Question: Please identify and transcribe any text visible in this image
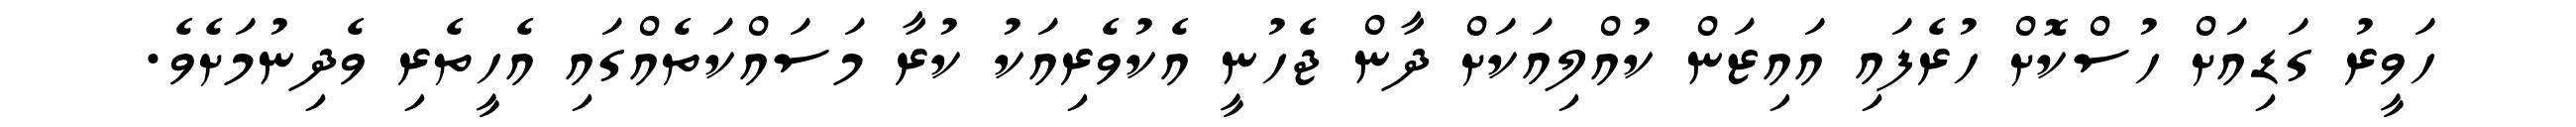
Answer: ހަވީރު ގަޑިއަށް ހުސްކޮށް ހުރެފައި އައިޒަން ކުއްލިއަކަށް ދާން ޖެހުނީ އެކުވެރިއަކު ކުރާ މަސައްކަތެއްގައި އެހީތެރި ވެދިނުމަށެވެ.